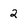
Character: 2